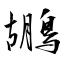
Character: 鶘